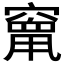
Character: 𮄒